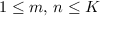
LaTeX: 1 \leq m , \, n \leq K